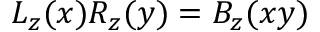
L _ { z } ( x ) R _ { z } ( y ) = B _ { z } ( x y )